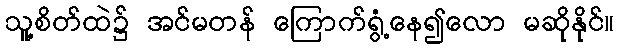
သူ့စိတ်ထဲ၌ အင်မတန် ကြောက်ရွံ့နေ၍လော မဆိုနိုင်။